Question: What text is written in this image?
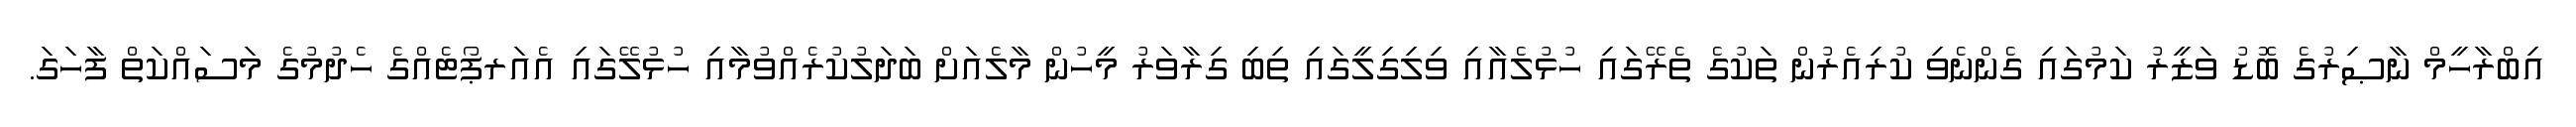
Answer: އިބްރާހީމް ނާޞިރުގެ ބޮޑު ވަޒީރު ކަމުގައި ގެންނެވި ކުރިއެރުން ތަކުގެ ތެރޭގައި ހުޅުލެއާއި ވިލިގިލީގައި ތިބި ގިރާވަރު މީހުން މާލެއަށް ބަދަލުކުރެއްވުމާއި ހުޅުލޭގައި އެއަރޕޯޓެއްގެ ހެދުމުގެ މަސައްކަތް ފާހަގަ.